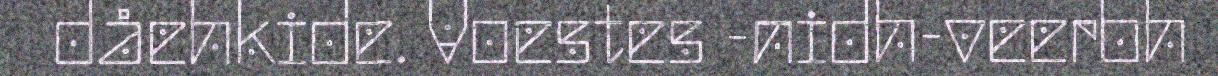
dåehkide. Voestes -nidh-veerbh